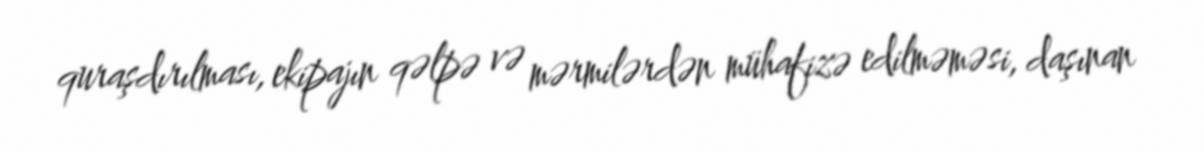
quraşdırılması, ekipajın qəlpə və mərmilərdən mühafizə edilməməsi, daşınan